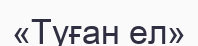
«Туған ел»